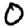
Digit: 0